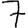
Digit: 7